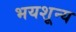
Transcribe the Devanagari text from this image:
भयशून्य